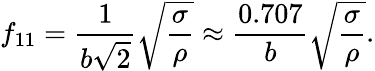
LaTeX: f_{11}=\frac{1}{b\sqrt{2}}\sqrt{\frac{\sigma}{\rho}}\approx\frac{0.707}{b}\sqrt{\frac{\sigma}{\rho}}.